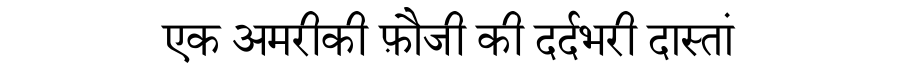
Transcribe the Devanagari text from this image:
एक अमरीकी फ़ौजी की दर्दभरी दास्तां